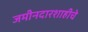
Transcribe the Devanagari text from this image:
जमीनदारशाहीचे